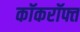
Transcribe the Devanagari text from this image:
कॉकरॉफ्त